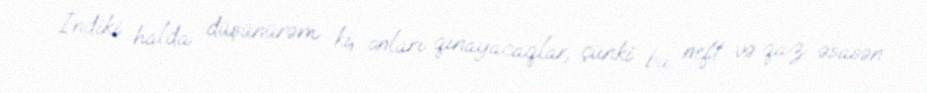
İndiki halda düşünürəm ki, onları qınayacaqlar, çünki bu neft və qaz əsasən